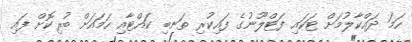
ހަމަ ދައްކާލުމަށް ޓަކައި ފަޓްލޫނުގެ ފައިކުރި ތަނބި ކައްޓާއި ހަމައަށް ބުރިކޮށް ފައި